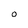
Character: 0